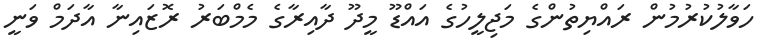
ހަވާލުކުރުމުން ރައްޔިތުންގެ މަޖިލީހުގެ އައްޑޫ މީދޫ ދާއިރާގެ މެމްބަރު ރޮޒައިނާ އާދަމް ވަނީ